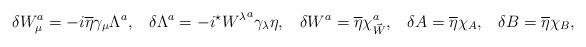
LaTeX: \begin{align*}\delta W_{\mu}^a = -i\overline{\eta}\gamma_{\mu}\Lambda^a, \;\;\;\delta \Lambda^a = -i{}^{\star}{W^{\lambda}}^a\gamma_{\lambda}\eta, \;\;\;\delta W^a = \overline{\eta}\chi_{\vec{W}}^a, \;\;\;\delta A = \overline{\eta}\chi_A, \;\;\; \delta B = \overline{\eta}\chi_B,\end{align*}